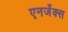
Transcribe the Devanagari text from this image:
एनर्जेक्स